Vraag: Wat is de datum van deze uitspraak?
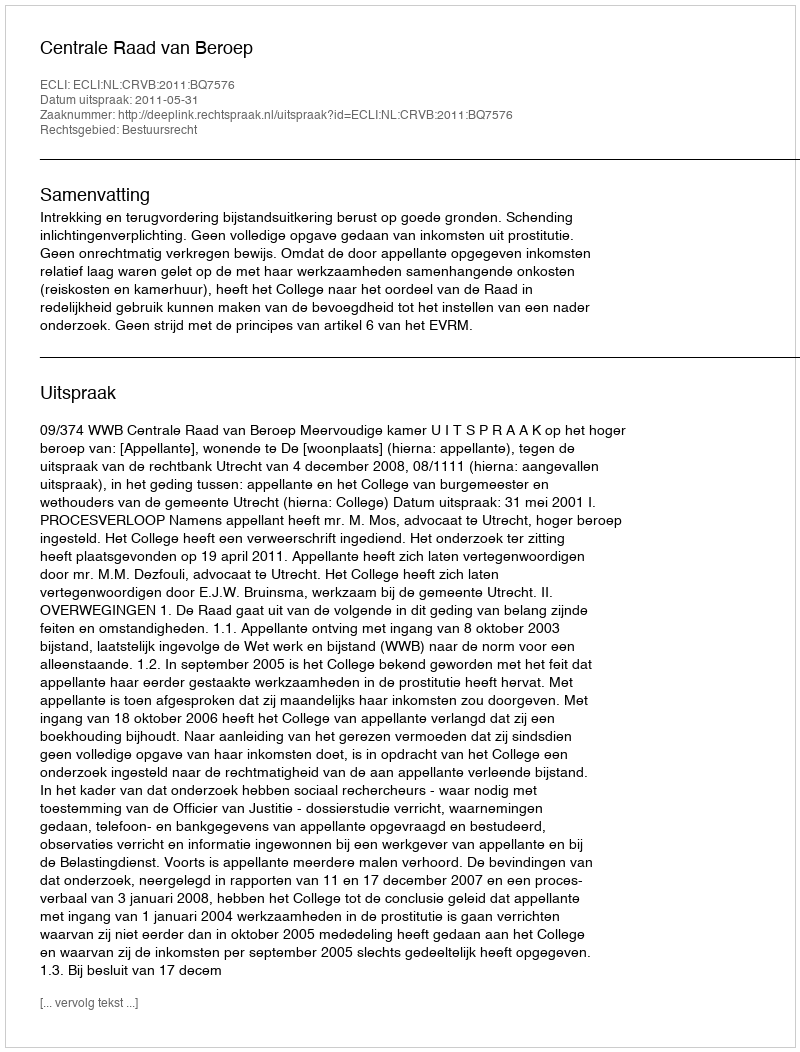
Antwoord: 2011-05-31